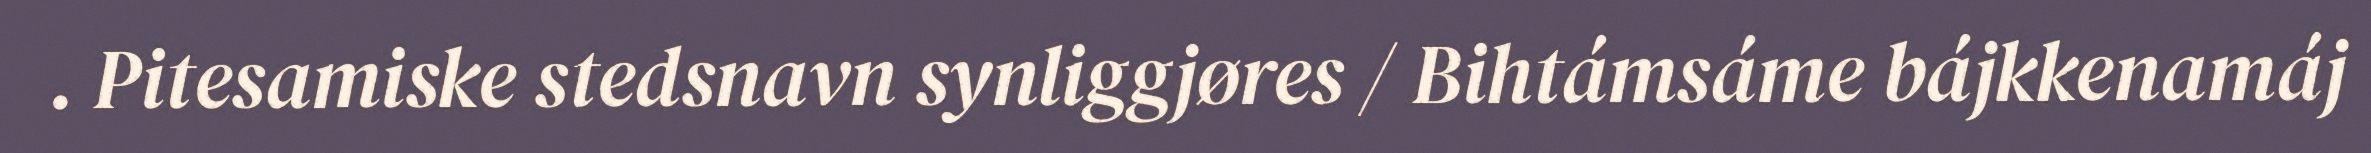
. Pitesamiske stedsnavn synliggjøres / Bihtámsáme bájkkenamáj